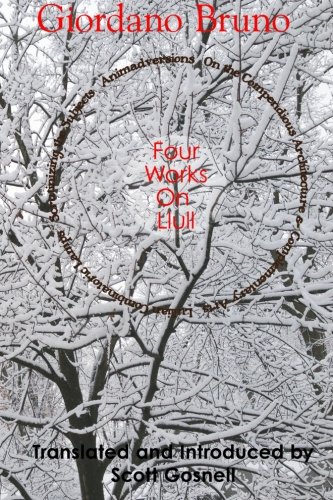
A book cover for Four Works On Llull: On the Compendious Architecture of Ramon Lull, Lullian Lamps, Scrutiny of the Subjects, Animadversions (Collected Works of Giordano Bruno) (Volume 3); Giordano Bruno; Politics & Social Sciences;